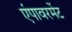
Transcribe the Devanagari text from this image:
एंपावरमेंट